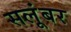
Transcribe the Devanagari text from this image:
सलूंबर